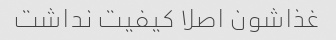
غذاشون اصلا کیفیت نداشت